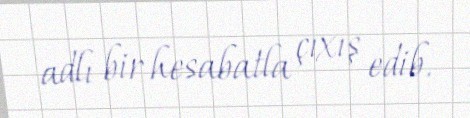
adlı bir hesabatla çıxış edib.